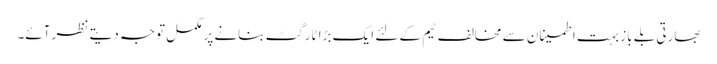
بھارتی بلے باز بہت اطمینان سے مخالف ٹیم کے لئے ایک بڑا ٹارگٹ بنانے پر مکمل توجہ دیتے نظر آئے۔